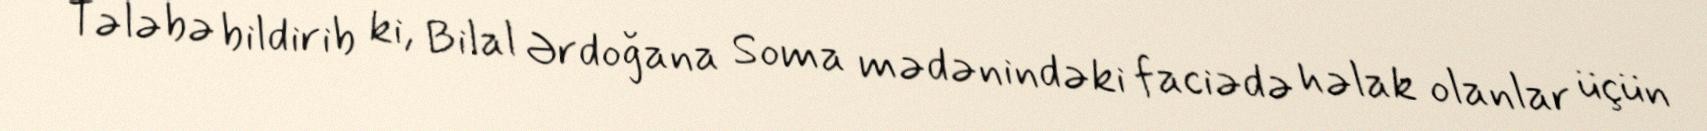
Tələbə bildirib ki, Bilal Ərdoğana Soma mədənindəki faciədə həlak olanlar üçün